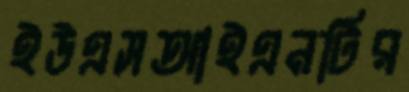
ইউএসআইএনটির